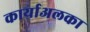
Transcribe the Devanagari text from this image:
कार्याअलका